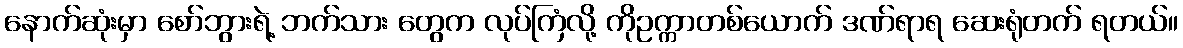
နောက်ဆုံးမှာ စော်ဘွားရဲ့ ဘက်သား တွေက လုပ်ကြံလို့ ကိုဥက္ကာတစ်ယောက် ဒဏ်ရာရ ဆေးရုံတက် ရတယ်။